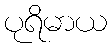
ပုရိမာယ